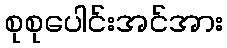
စုစုပေါင်းအင်အား